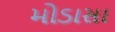
મોડાસા